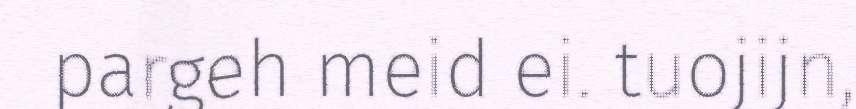
pargeh meid ei. tuojijn,